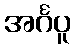
အင်္ဂပူ